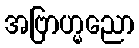
အဗြာဟ္မညော